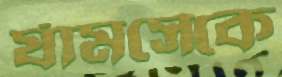
র‍্যামসেকে